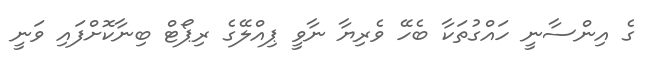
ގެ އިންސާނީ ހައްގުތަކާ ބެހޭ ވެރިޔާ ނާވީ ޕިއްލޭގެ ރިޕޯޓް ބިނާކޮށްފައި ވަނީ